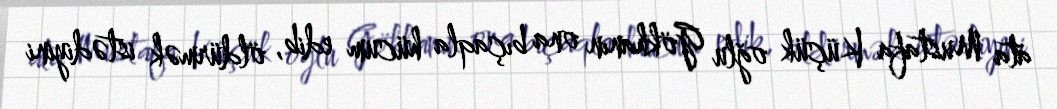
ata Mustafa Küçük oğlu Gökhanın ona bıçaqla hücum edib, öldürmək istədiyini